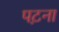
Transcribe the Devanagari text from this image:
पट़ना